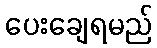
ပေးချေရမည်